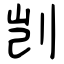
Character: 剀